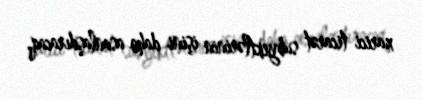
xarici ticarət subyektlərinin işini daha asanlaşdıracaq.